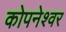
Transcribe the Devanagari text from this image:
कोपनेश्वर